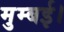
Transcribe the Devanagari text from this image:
मुम्बई।